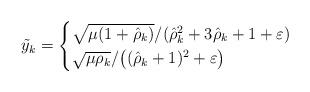
LaTeX: \begin{align*}\tilde y_k = \begin{cases} {\sqrt{\mu(1+\hat{\rho}_k)}}/({\hat{\rho}_{k}^{2}+3\hat{\rho}_{k}+1+\varepsilon}) & \\ {\sqrt{\mu\rho_k}}/\big({(\hat{\rho}_k+1)^2+\varepsilon}\big) & \end{cases} \end{align*}